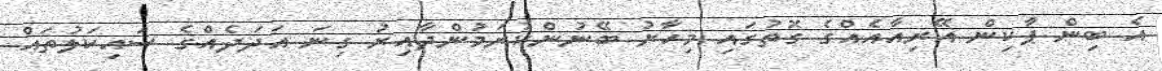
އެ ބިން ޕާކިން އޭރިއާއެއްގެ ގޮތުގައި މިހާރު ބޭނުންކުރަމުންދާއިރު ގިނަ އަދަދެއްގެ ސައިކަލުތައް